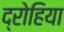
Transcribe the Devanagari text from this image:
द्रोहिया